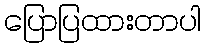
ပြောပြထားတာပါ